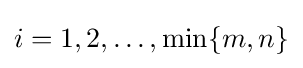
i=1,2,\ldots ,\min\{m,n\}